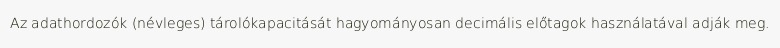
Az adathordozók (névleges) tárolókapacitását hagyományosan decimális előtagok használatával adják meg.